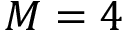
M = 4